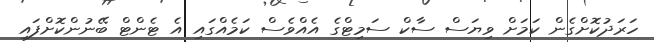
ހަރަދުކޮށްގެން ކަމަށް ވިޔަސް ސާކް ސަމިޓްގެ އެއްވެސް ކަމެއްގައި އެ ޓެންޓް ބޭނުންކޮށްފައި